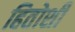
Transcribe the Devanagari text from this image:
हितोशी